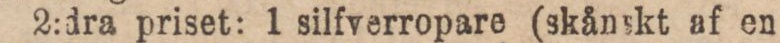
2:dra priset: 1 silfverropare (skånskt af en